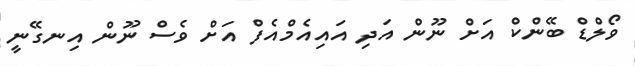
ވޯލްޑް ބޭންކް އަށް ނޫން އަދި އައިއެމްއެފް އަށް ވެސް ނޫން އިނގޭނީ